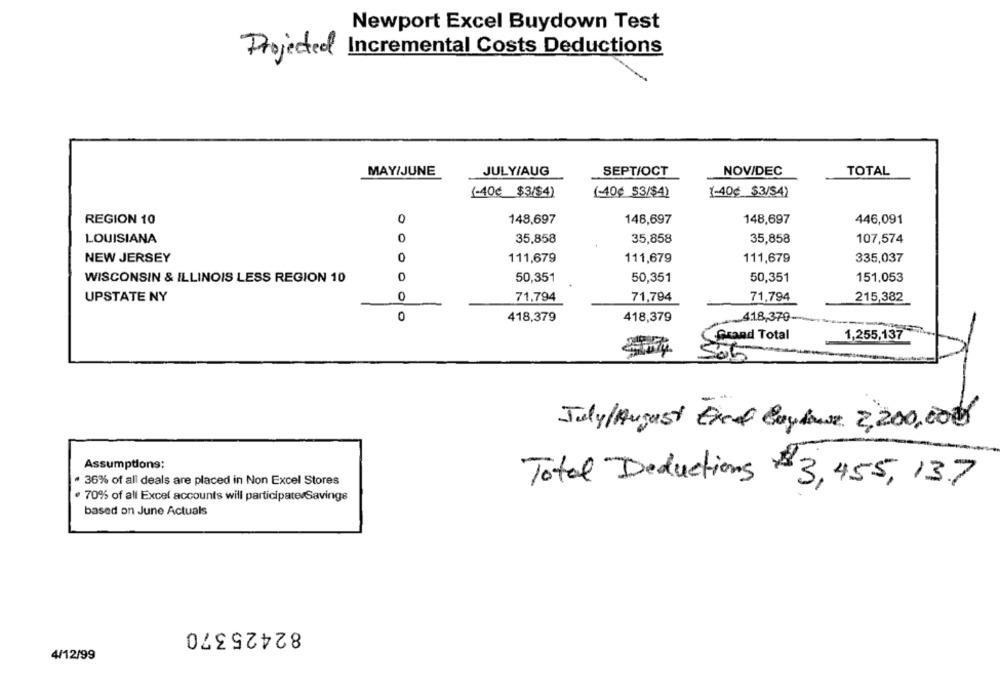
Newport Excel Buydown Test
Projected Incremental Costs Deductions
MAY/JUNE
JULY/AUG
SEPT/OCT
NOV/DEC
TOTAL
(-40€ $3/$4)
(-40¢ $3/$4)
1-40¢ $3/$4)
REGION 10
0
148,697
148,697
148,697
446,091
LOUISIANA
0
35,858
35,858
35,858
107,574
NEW JERSEY
0
111,679
111,679
111,679
335,037
WISCONSIN & ILLINOIS LESS REGION 10
0
50,351
50,351
50,351
151,053
UPSTATE NY
0
71,794
71,794
71,794
215,382
0
418,379
418,379
418,370-
Grand Total
1,255,137
July/August Excel Boylowe 2,200,00€
Assumptions:
. 36% of all deals are placed in Non Excel Stores
Total Deductions $3, 455, 13.7
· 70% of all Excel accounts will participate Savings
based on June Actuals
82425370
4/12/99